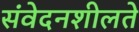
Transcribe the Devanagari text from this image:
संवेदनशीलते